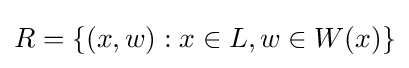
R=\{(x,w):x\in L,w\in W(x)\}